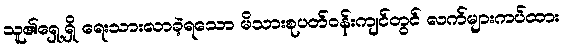
သူ၏ရှေ့ရှိ ရေးသားလာခဲ့ရသော မိသားစုပတ်ဝန်းကျင်တွင် လက်များကပ်ထား